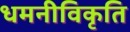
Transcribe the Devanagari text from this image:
धमनीविकृति